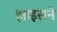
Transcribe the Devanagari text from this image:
झाइसने